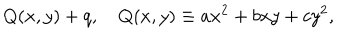
LaTeX: Q ( x , y ) + q , Q ( x , y ) \equiv a x ^ { 2 } + b x y + c y ^ { 2 } ,